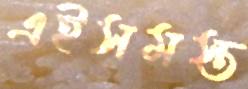
এইসমস্ত